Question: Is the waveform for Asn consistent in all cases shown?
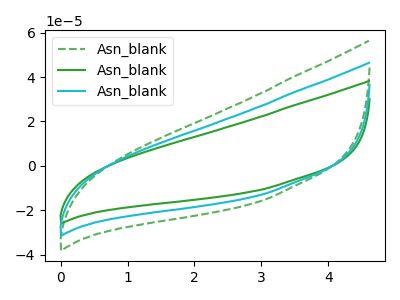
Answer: <think>The green dashed curve "Asn_blank1" has no peaks. The green curve "Asn_blank2" has no peaks. The cyan curve "Asn_blank3" has no peaks.
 Neither "Asn_blank1" or "Asn_blank2" have any peaks. Neither "Asn_blank1" or "Asn_blank3" have any peaks. Neither "Asn_blank2" or "Asn_blank3" have any peaks.</think>
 <answer>All the CV's of "Asn" have similar shape.</answer>
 <eval>follow_rule</eval>